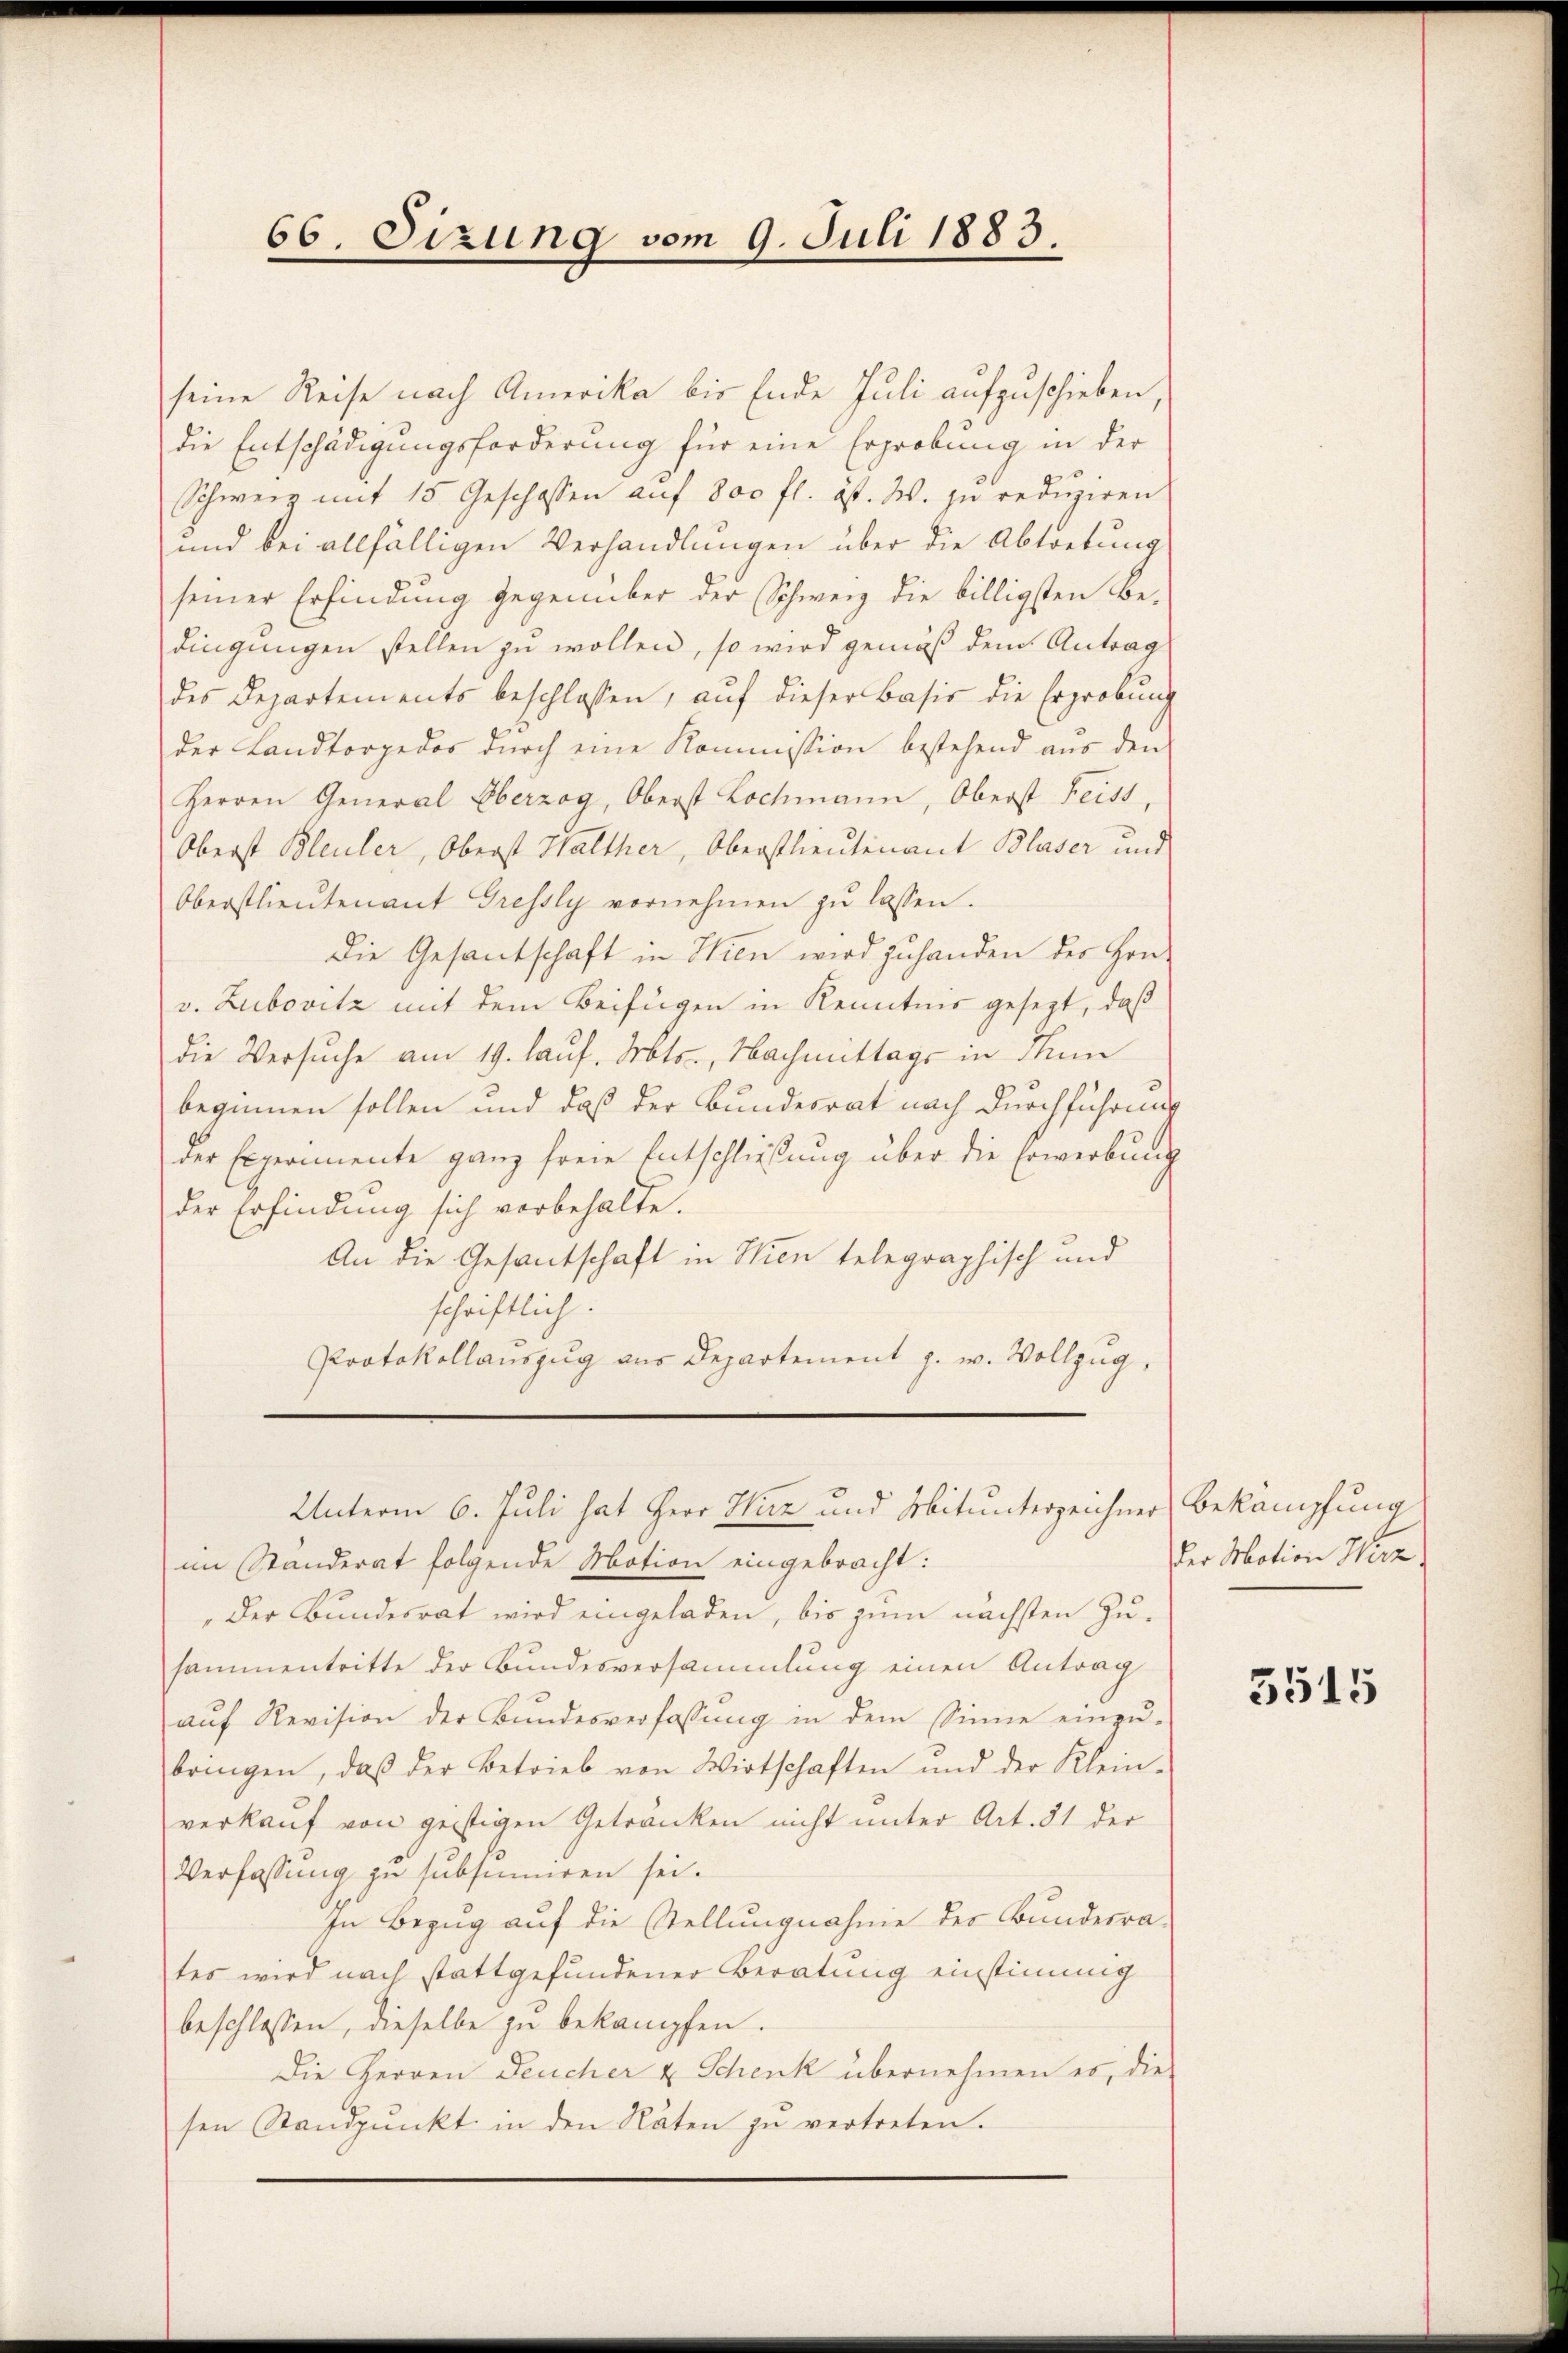
66. Sizung vom 9. Juli 1883.

seine Reise nach Amerika bis Ende Juli aufzuschieben,
die Entschädigungsforderung für eine Erprobung in der
Schweiz mit 15 Geschossen auf 800 fl. ist. W. zu reduziren
und bei allfälligen Verhandlungen über die Abtretung
seiner Erfindung gegenüber der Schweiz die billigsten Be-
dingungen stellen zu wollen, so wird gemäß dem Antrag
des Departements beschlossen, auf dieser Basis die Ergrobung
der Landtorpedos durch eine Kommission bestehend aus den
Herren General Oberzog, Oberst Lochmann, Oberst heiss,
Oberst Bleuler, Oberst Walther, Oberstlieutenant Blaser und
Oberstlieutenant Grefsly vornehmen zu lassen.
Die Gesantschaft in Wien wird zuhanden der Hon-
v. Zubovitz mit dem Beifügen in Kenntnis gesezt, daß
die Versuche am 19. Lauf. Mts., Nachmittags in Thun
beginnen sollen und daß der Bundesrat nach Durchführung
der Experimente ganz freie Entschließung über die Erwerbung
der Erfindung sich vorbehalte.
An die Gesantschaft in Wien telegraphisch und
schriftlich.
Protokollauszug aus Departement s. w. Vollzug.
Unterm 6. Juli hat Herr Harz und Mitunterzeichner Bekämpfung
im Standerat folgende Motion eingebracht:
„Der Bundesrat wird eingeladen, bis zum nächsten Zusammentritte der Bundesversammlung einen Antrag
auf Revision der Bundesverfassung in dem Sinne einzubringen, daβ der Betrieb von Wirtschaften und der Klein-
verkauf von geistigen Getränken nicht unter Art. 81 der
Verfassung zu subsumieren sei.
In Bezug auf die Stellungnahme des Bundesrates wird nach stattgefundener Beratung einstimmig
beschlossen, dieselbe zu bekämpfen.
Die Herren Feucher u Schenk übernehmen es, die
sen Standpŭnkt in den Räten zu vertreten.

der Motion Wirz,

3515